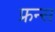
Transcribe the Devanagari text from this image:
फ्रन्स